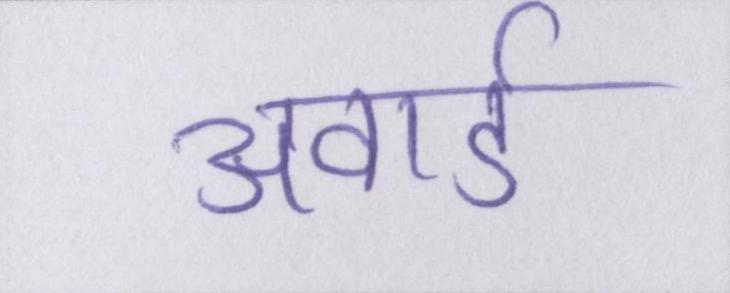
अवार्ड